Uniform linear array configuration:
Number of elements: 4
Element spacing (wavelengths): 0.75
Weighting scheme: binomial
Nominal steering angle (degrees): -15
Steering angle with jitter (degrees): -16.209
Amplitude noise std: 0.05
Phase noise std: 0.05

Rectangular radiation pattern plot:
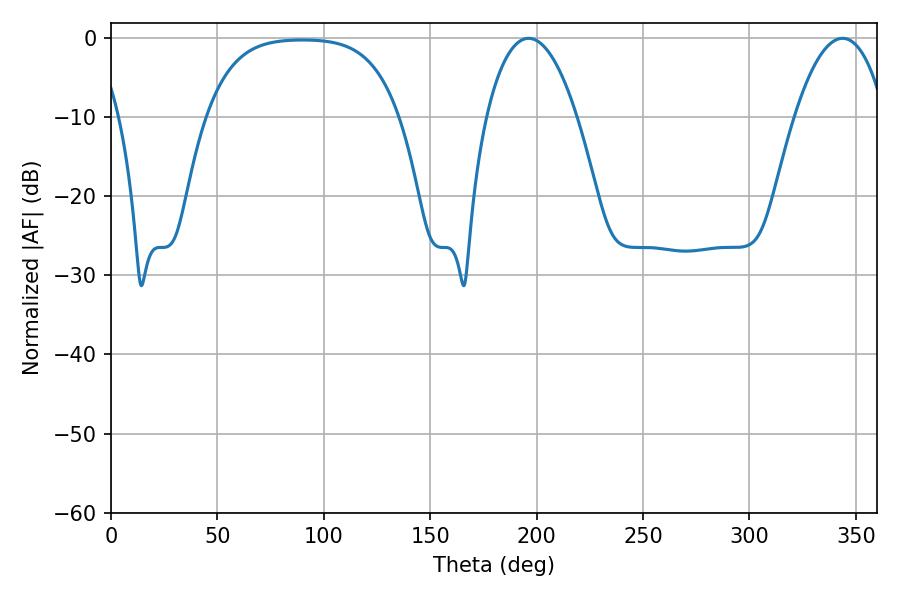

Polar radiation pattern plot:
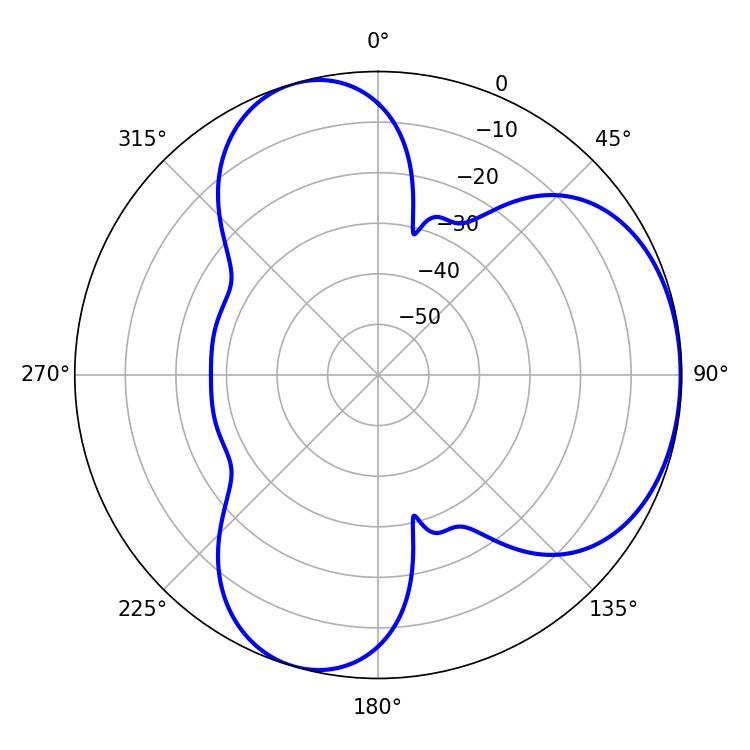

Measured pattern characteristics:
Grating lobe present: TRUE
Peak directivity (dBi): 4.434
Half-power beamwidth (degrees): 23.76
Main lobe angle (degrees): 196.2